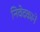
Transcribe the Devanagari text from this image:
निवेदकाने